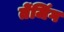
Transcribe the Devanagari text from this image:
तेंजिंग